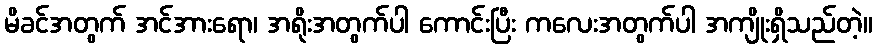
မိခင်အတွက် အင်အားရော၊ အရိုးအတွက်ပါ ကောင်းပြီး ကလေးအတွက်ပါ အကျိုးရှိသည်တဲ့။